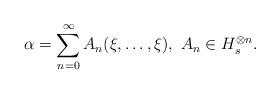
LaTeX: \begin{align*}\alpha=\sum^\infty_{n=0}A_n(\xi,\ldots,\xi) , \ A_n\in H^{\otimes n}_s.\end{align*}